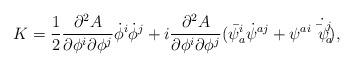
LaTeX: \begin{align*}K = \frac{1}{2}\frac{\partial^2 A}{\partial \phi^i \partial\phi^j}\dot \phi^i\dot \phi^j + i \frac{\partial^2 A}{\partial \phi^i \partial \phi^j}(\bar \psi_a^i \dot \psi^{aj} + \psi^{ai} \dot{\bar \psi_a^j}) ,\end{align*}